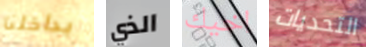
بداخلنا الذي اخيك التحديات